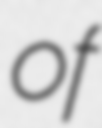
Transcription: of